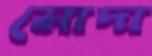
মোদা